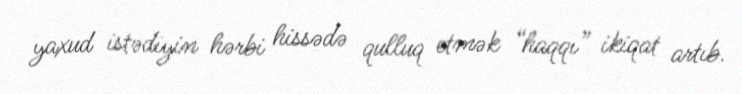
yaxud istədiyin hərbi hissədə qulluq etmək “haqqı” ikiqat artıb.